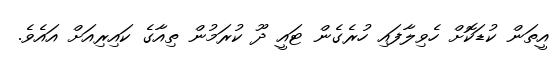
އީތަން ކުޑަކޮށް ހެވިލާފައި ހުރެގެން ޓައީ ދޫ ކުރަމުން ތިއާގެ ކައިރިއަށް އައެވެ.